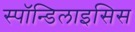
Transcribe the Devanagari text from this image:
स्पाॅन्डिलाइसिस